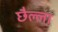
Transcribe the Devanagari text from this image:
छैल्ला